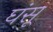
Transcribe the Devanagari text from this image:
घंसू